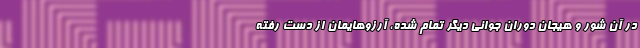
در آن شور و هیجان دوران جوانی دیگر تمام شده، آرزوهایمان از دست رفته